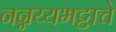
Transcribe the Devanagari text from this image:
नन्नय्यभट्टाचे